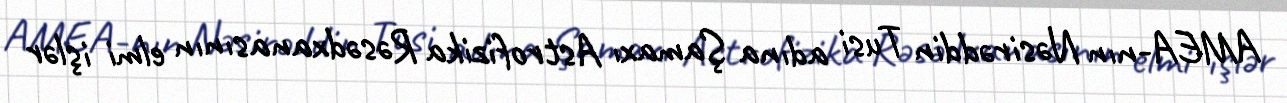
AMEA-nın Nəsirəddin Tusi adına Şamaxı Astrofizika Rəsədxanasının elmi işlər